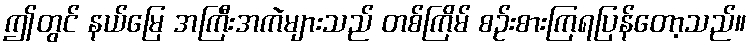
ဤတွင် နယ်မြေ အကြီးအကဲများသည် တစ်ကြိမ် စဉ်းစားကြရပြန်တော့သည်။